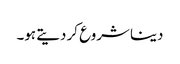
دینا شروع کر دیتے ہو۔